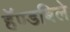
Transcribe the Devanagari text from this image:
हॅण्डबिले